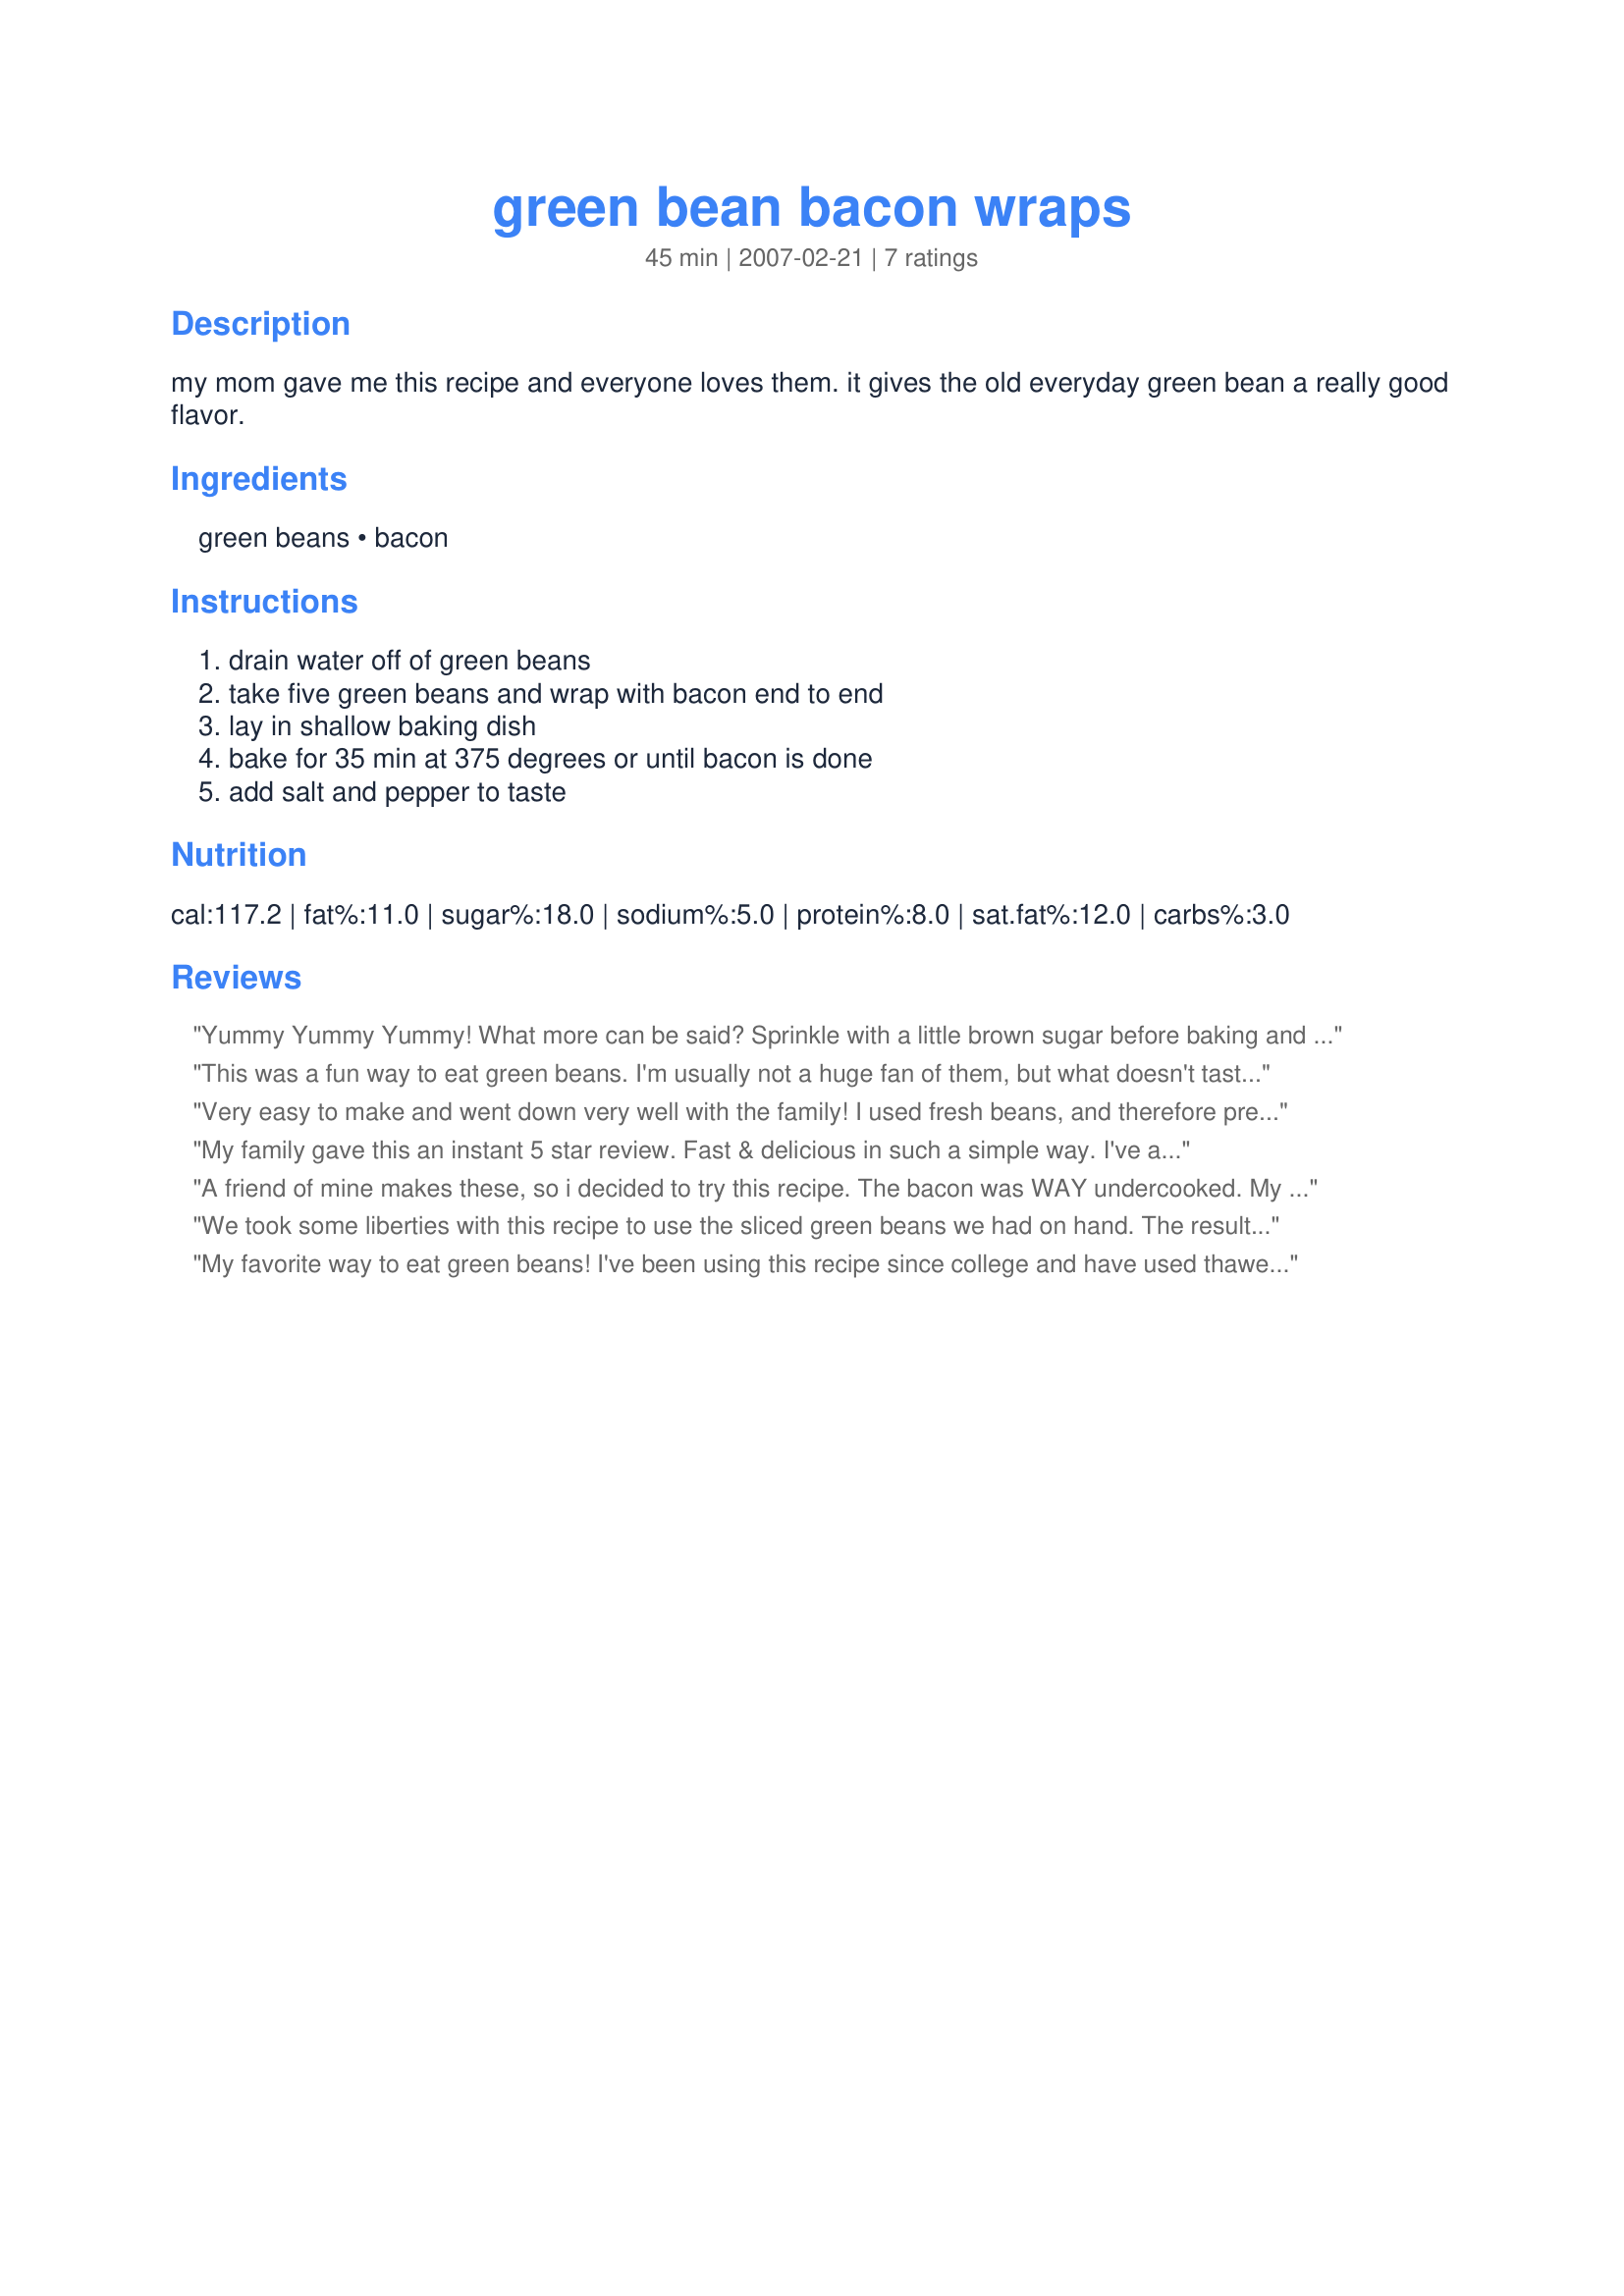
green bean bacon wraps
Preparation time: 45 minutes

my mom gave me this recipe and everyone loves them. it gives the old everyday green bean a really good flavor.

Ingredients:
green beans, bacon

Steps:
drain water off of green beans, take five green beans and wrap with bacon end to end, lay in shallow baking dish, bake for 35 min at 375 degrees or until bacon is done, add salt and pepper to taste

Reviews:
Yummy Yummy Yummy! What more can be said? Sprinkle with a little brown sugar before baking and you will think you are in heaven. My children's friends always want these when they come over.....so much for milk and cookies?!?!?!
This was a fun way to eat green beans. I'm usually not a huge fan of them, but what doesn't taste good wrapped in bacon? Thanks for the recipe!
Very easy to make and went down very well with the family!

I used fresh beans, and therefore pre-cooked them for 8 minutes in the normal fashion, to be sure they would be tender, which they were.

Then cooked as instructed, absolutely perfect! thanks!

Made for PAC Spring 2008
My family gave this an instant 5 star review. Fast & delicious in such a simple way. I've always prepared green beans with bacon but never whole slices & never without all the hassle. I think it took me 5 minutes total from prep start to in the oven. Very easy. I made just as instructed & had no trouble cooking them in the time stated and uncovered. Thanks for sharing Dawn! Made, enjoyed & reviewed for Pick-A-Chef Spring 2008.
A friend of mine makes these, so i decided to try this recipe. The bacon was WAY undercooked. My friend told me to cover the pan with foil, cook for one hour, then remove the foil and cook another 15 minutes to brown the bacon. other than that, this recipe is ok, thats why i gave it 2 stars. Just definitely cover and cook longer.
We took some liberties with this recipe to use the sliced green beans we had on hand. The result was slightly different but very good anyway, and rather decorative. Ours did cook in the 35 minutes specified. Made for Pick A Chef Spring 2008.
My favorite way to eat green beans! I've been using this recipe since college and have used thawed frozen green beans with great success as well as the canned. I usually cook about 45 minutes though.
